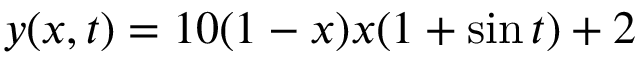
y ( x , t ) = 1 0 ( 1 - x ) x ( 1 + \sin t ) + 2